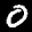
Label: 0